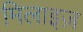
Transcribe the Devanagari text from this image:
मिलाइज़